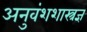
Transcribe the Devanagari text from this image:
अनुवंशशास्त्रज्ञ